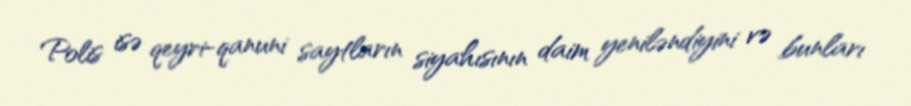
Polis isə qeyri-qanuni saytların siyahısının daim yeniləndiyini və bunları